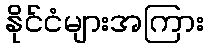
နိုင်ငံများအကြား